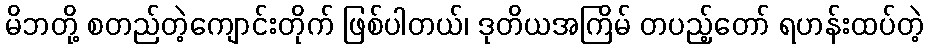
မိဘတို့ စတည်တဲ့ကျောင်းတိုက် ဖြစ်ပါတယ်၊ ဒုတိယအကြိမ် တပည့်တော် ရဟန်းထပ်တဲ့